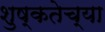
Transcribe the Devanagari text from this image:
शुष्कतेच्या